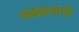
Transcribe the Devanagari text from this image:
फळबागांची